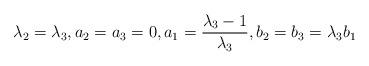
LaTeX: \begin{align*} \lambda_2=\lambda_3, a_2=a_3=0, a_1=\frac{\lambda_3-1}{\lambda_3}, b_2=b_3=\lambda_3b_1\end{align*}